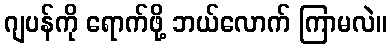
ဂျပန်ကို ရောက်ဖို့ ဘယ်လောက် ကြာမလဲ။